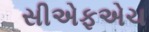
સીએફએચ